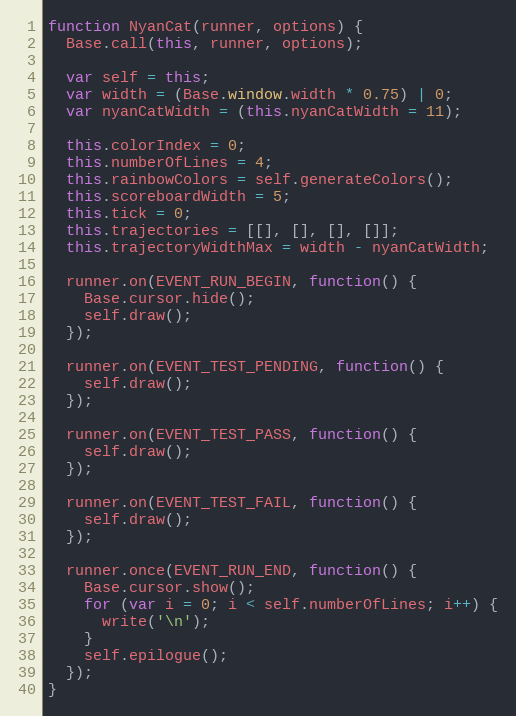
Language: JavaScript
function NyanCat(runner, options) {
  Base.call(this, runner, options);

  var self = this;
  var width = (Base.window.width * 0.75) | 0;
  var nyanCatWidth = (this.nyanCatWidth = 11);

  this.colorIndex = 0;
  this.numberOfLines = 4;
  this.rainbowColors = self.generateColors();
  this.scoreboardWidth = 5;
  this.tick = 0;
  this.trajectories = [[], [], [], []];
  this.trajectoryWidthMax = width - nyanCatWidth;

  runner.on(EVENT_RUN_BEGIN, function() {
    Base.cursor.hide();
    self.draw();
  });

  runner.on(EVENT_TEST_PENDING, function() {
    self.draw();
  });

  runner.on(EVENT_TEST_PASS, function() {
    self.draw();
  });

  runner.on(EVENT_TEST_FAIL, function() {
    self.draw();
  });

  runner.once(EVENT_RUN_END, function() {
    Base.cursor.show();
    for (var i = 0; i < self.numberOfLines; i++) {
      write('\n');
    }
    self.epilogue();
  });
}